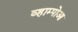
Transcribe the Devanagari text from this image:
व्हाम्पोआ